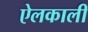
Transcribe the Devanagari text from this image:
ऐलकाली